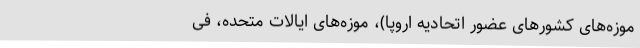
موزه‌های کشورهای عضور اتحادیه‌ اروپا)، موزه‌های ایالات متحده،‌ فی